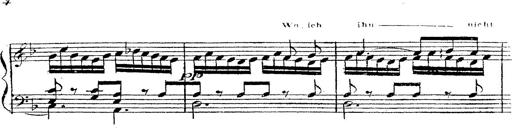
Title: 12 Lieder von Franz Schubert
Composer: Franz Liszt